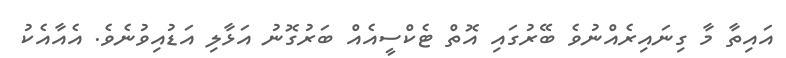
އައިތާ މާ ގިނައިރެއްނުވެ ބޭރުގައި އޮތް ޓެކްސީއެއް ބަރުގޮނު އަޅާލި އަޑުއިވުނެވެ. އެއާއެކު